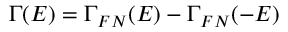
\Gamma ( E ) = \Gamma _ { F N } ( E ) - \Gamma _ { F N } ( - E )